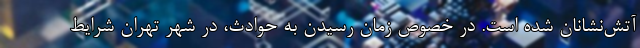
آتش‌نشانان شده است. در خصوص زمان رسیدن به حوادث، در شهر تهران شرایط